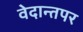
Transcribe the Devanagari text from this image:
वेदान्तपर